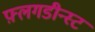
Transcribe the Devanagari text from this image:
फ़्लगडीन्स्ट